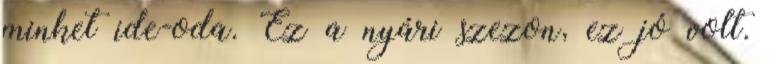
minket ide-oda. Ez a nyári szezon, ez jó volt.